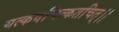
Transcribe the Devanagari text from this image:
यत्कवचित्कतचित्।।